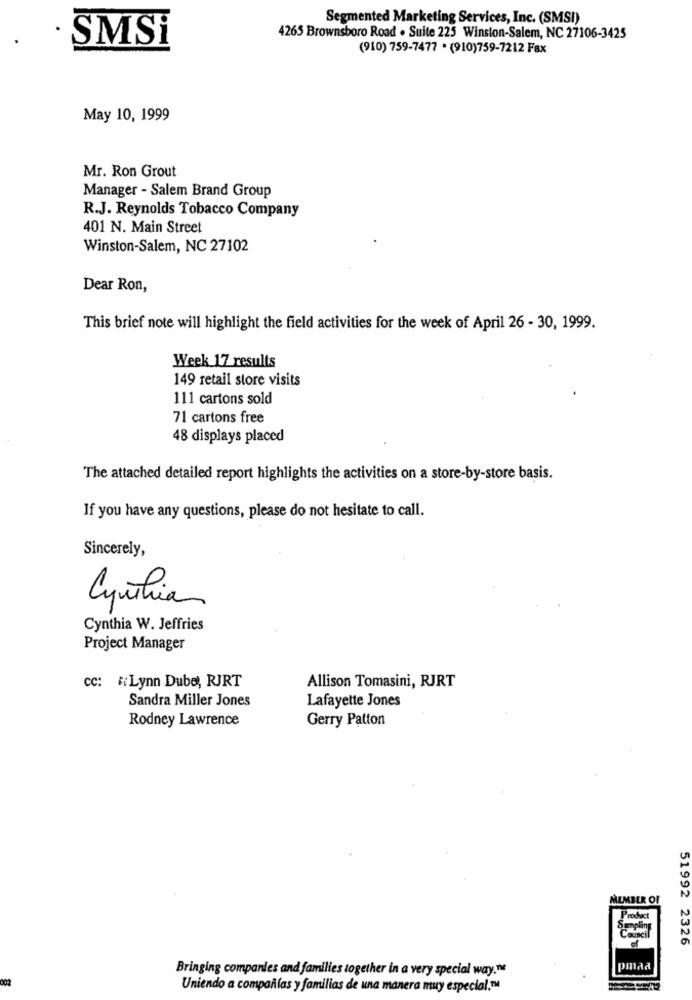
Segmented Marketing Services, Inc. (SMSI)
SMSi
4265 Brownsboro Road . Suite 225 Winston-Salem, NC 27106-3425
(910) 759-7477 * (910)759-7212 Fax
May 10, 1999
Mr. Ron Grout
Manager - Salem Brand Group
R.J. Reynolds Tobacco Company
401 N. Main Street
Winston-Salem, NC 27102
Dear Ron,
This brief note will highlight the field activities for the week of April 26 - 30, 1999.
Week 17 results
149 retail store visits
111 cartons sold
71 cartons free
48 displays placed
The attached detailed report highlights the activities on a store-by-store basis.
If you have any questions, please do not hesitate to call.
Sincerely,
Cynthia
Cynthia W. Jeffries
Project Manager
Cc: #Lynn Dube, RJRT
Allison Tomasini, RJRT
Sandra Miller Jones
Lafayette Jones
Rodney Lawrence
Gerry Patton
N
MEMBER OF
N
N
51992 2326
Bringing companies and families together in a very special way."
pmaa
Uniendo a compañías y familias de una manera muy especial.™